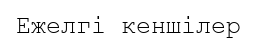
Ежелгі кеншілер